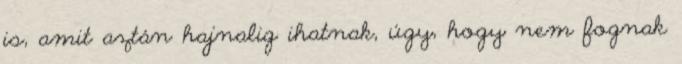
is, amit aztán hajnalig ihatnak, úgy, hogy nem fognak